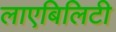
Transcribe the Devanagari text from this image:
लाएबिलिटी